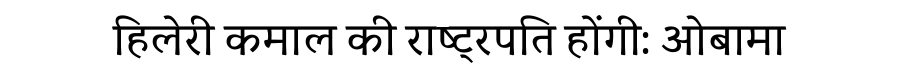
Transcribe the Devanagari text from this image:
हिलेरी कमाल की राष्ट्रपति होंगी: ओबामा